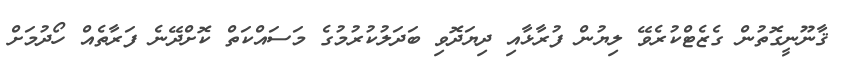
ޤާނޫނީގޮތުން ގެޒެޓްކުރެވޭ ލިޔުން ފުރާޅާއި ދިޔަދޮވި ބަދަލުކުރުމުގެ މަސައްކަތް ކޮށްދޭނެ ފަރާތެއް ހޯދުމަށް